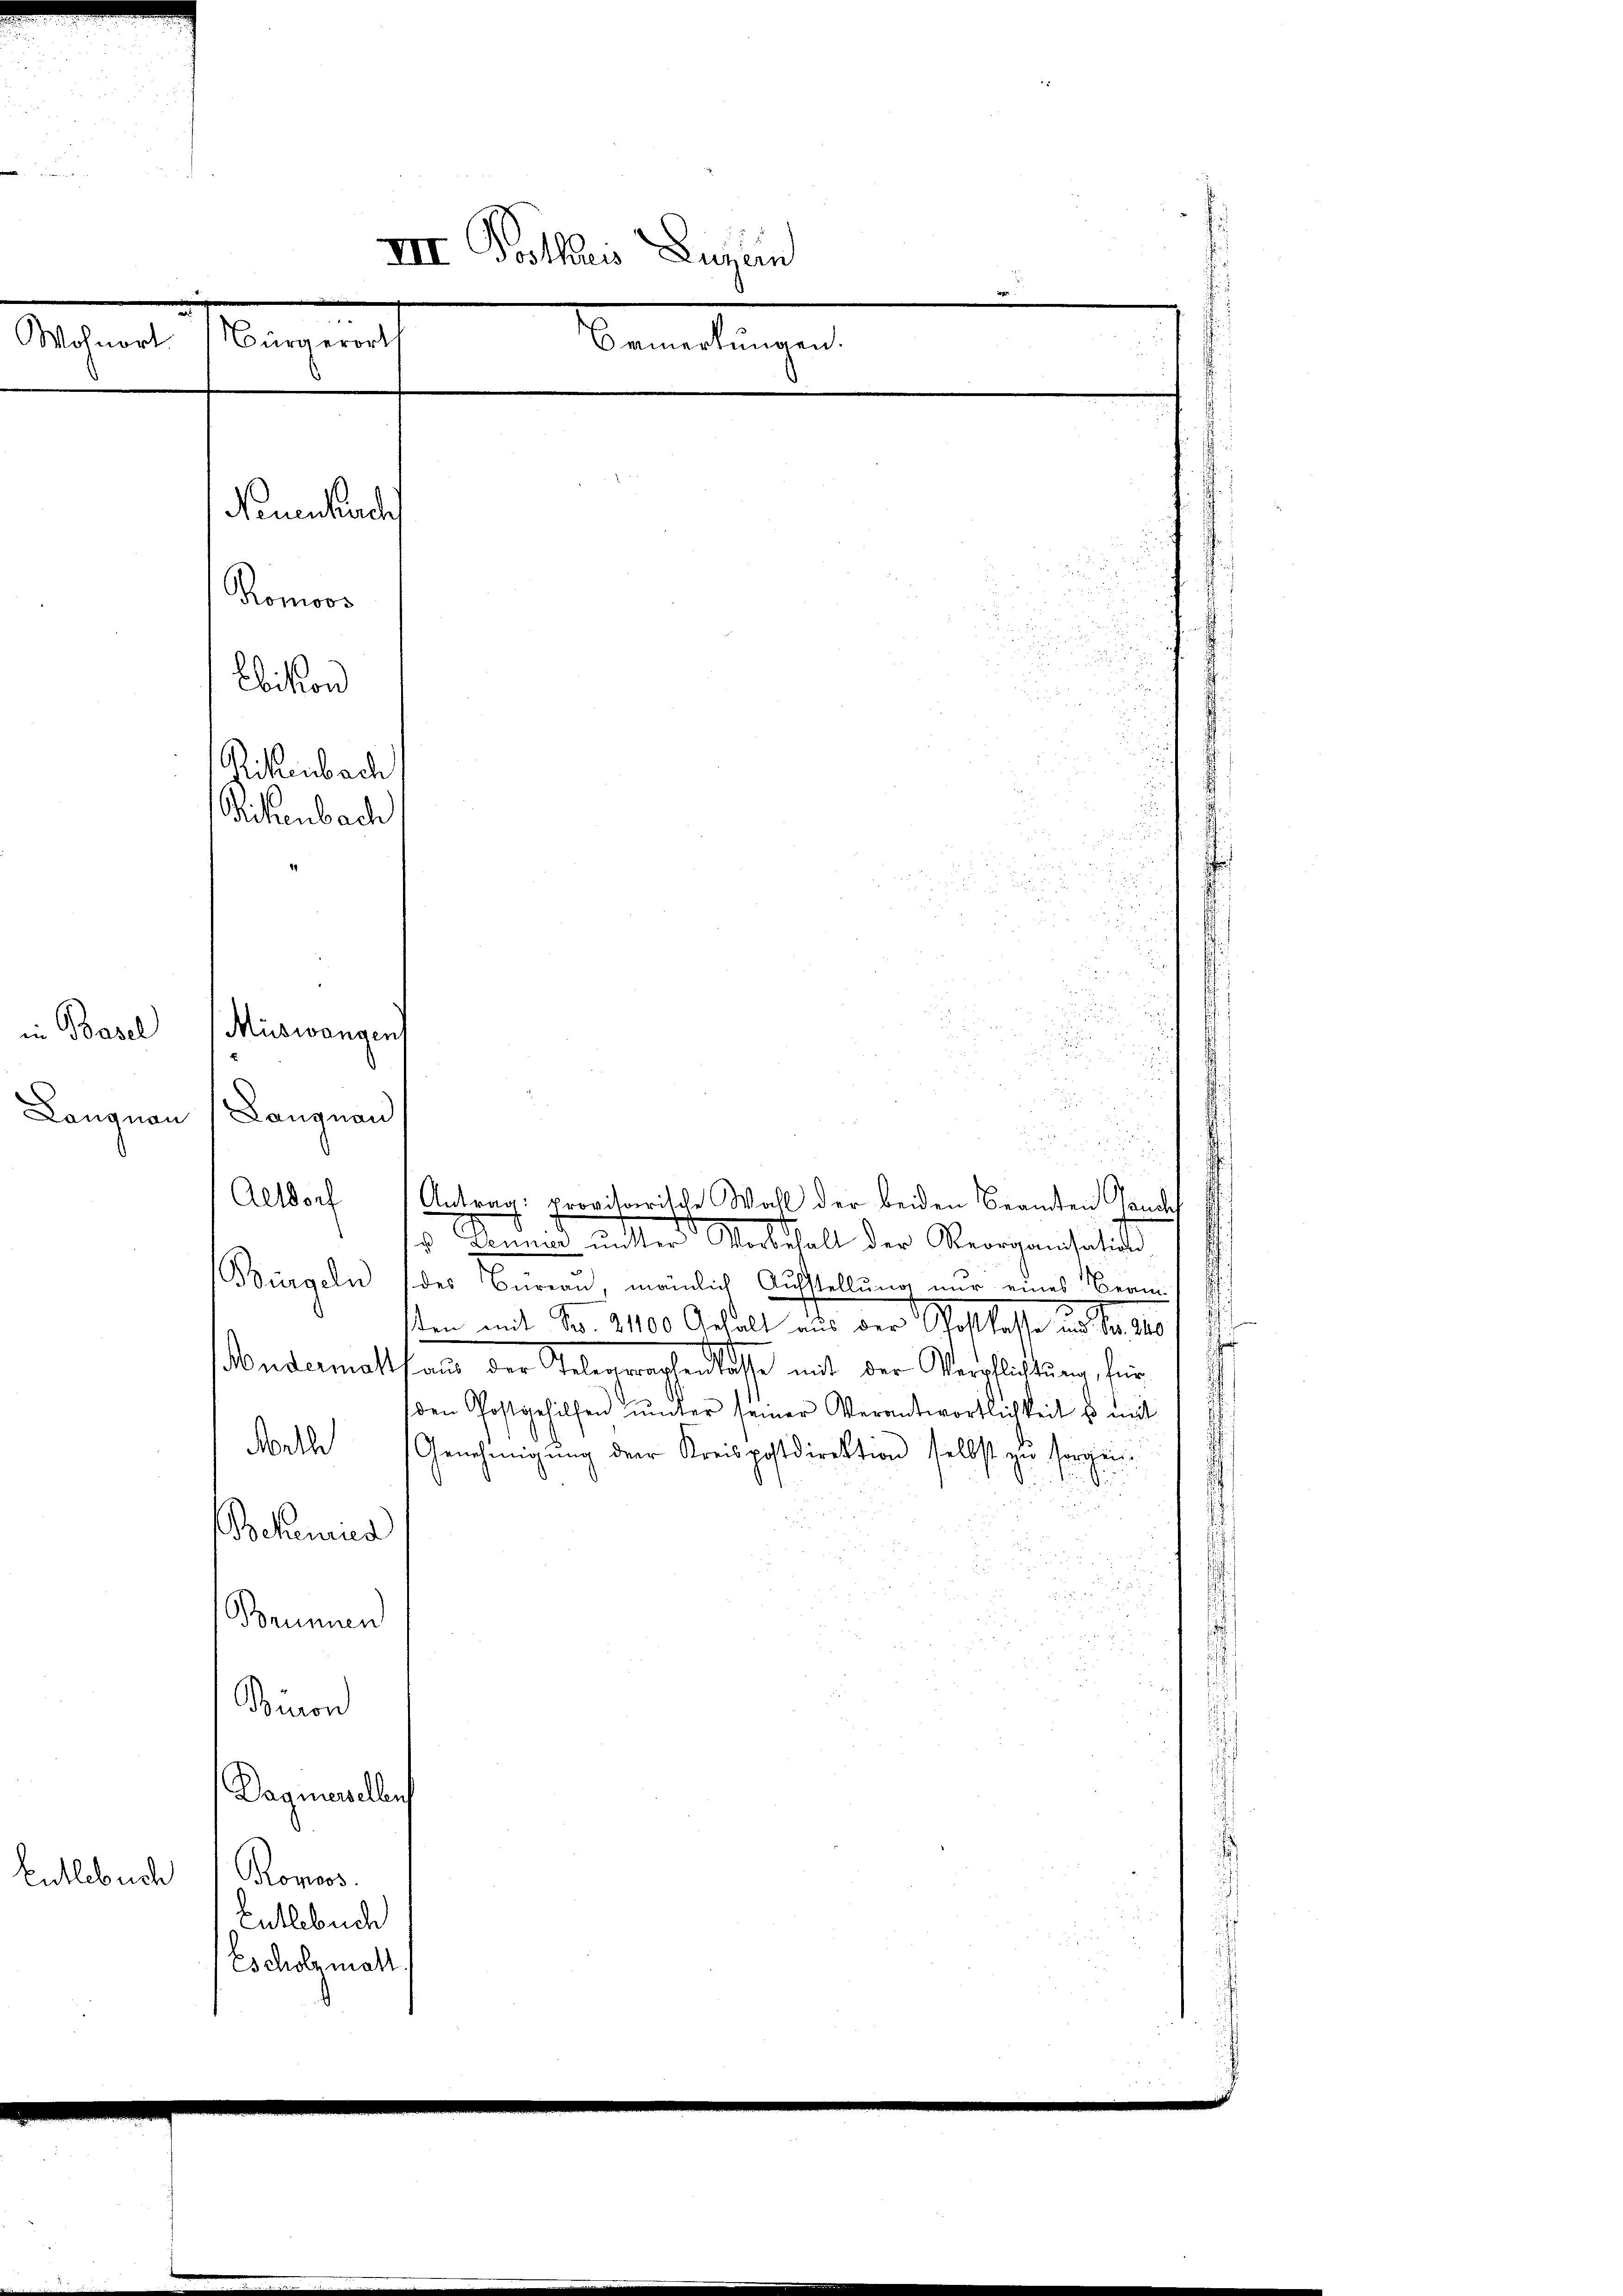
u
III Posthaus Luzern
2
e
Bürgerort
Wohnort
Bemerkungen.
Neuenbuchs
Komoos
ebition
Rikenbach
Sichenbach

Anbindernitter Stadthalt der Reorganisati
Bürgeln des Bureau, meinlich Aufstellung nur eines Beamsten mit Fr. 210 Anhalt aus Goslast es tate
ondermatten Gelenenscheidlische mit der Verpflichtung, für
den Postgehilfen unter seiner Verantwortlichkeit es mit
Mathe Genehmigung der Kreispostdirektion selbst zu sorgen.
a
Bocanus
Brunnen
Bion
Dagnerselben
Entlebuch
Romos.
Entlebuch
Escholzmall

in Basel (Muswangen)

Langnau (Langnau

Altdorf (Antrag: provisorische Wahl der beiden Beamten Jaucht

8